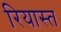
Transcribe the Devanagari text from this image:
रियास्त